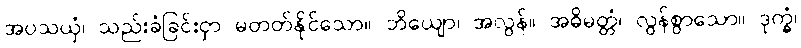
အပသယှံ၊ သည်းခံခြင်းငှာ မတတ်နိုင်သော။ ဘိယျော၊ အလွန်။ အဓိမတ္တံ၊ လွန်စွာသော။ ဒုက္ခံ၊